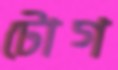
টোগ